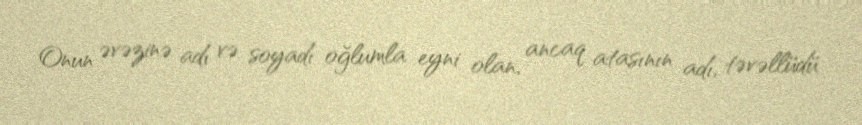
Onun əvəzinə adı və soyadı oğlumla eyni olan, ancaq atasının adı, təvəllüdü